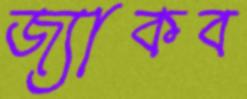
জ্যাকব